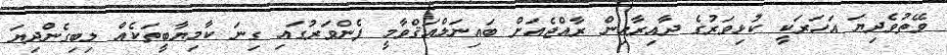
ވޭތުވެދިޔަ އަހަރަކީ ކުޅިވަރުގެ ދާއިރާއިން ރާއްޖެއަށް ބައިނަލްއަޤްވާމީ ފެންވަރުގައި ގިނަ ކާމިޔާބީތަކެއް ލިބިގެންދިޔަ